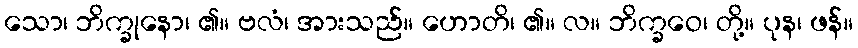
သော၊ ဘိက္ခုနော၊ ၏။ ဗလံ၊ အားသည်။ ဟောတိ၊ ၏။ လ။ ဘိက္ခဝေ၊ တို့။ ပုန၊ ဖန်။